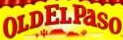

				OLDELPaSO